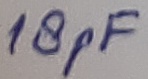
Text: 18pF